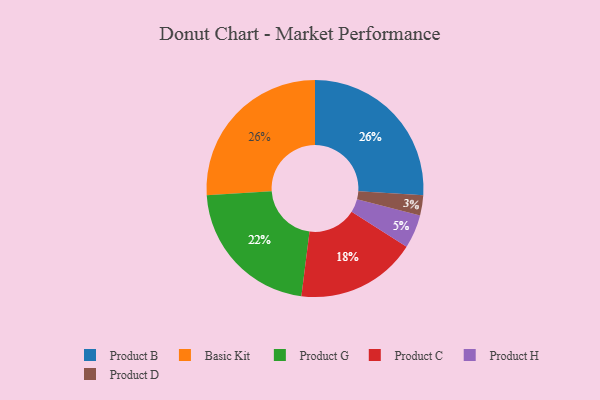
{"axis": {"x": "Category", "y": "Percentage"}, "legend": ["Basic Kit", "Product B", "Product C", "Product D", "Product G", "Product H"], "data": [{"x": "Product D", "y": 3, "type": "Product D"}, {"x": "Product B", "y": 26, "type": "Product B"}, {"x": "Basic Kit", "y": 26, "type": "Basic Kit"}, {"x": "Product C", "y": 18, "type": "Product C"}, {"x": "Product G", "y": 22, "type": "Product G"}, {"x": "Product H", "y": 5, "type": "Product H"}]}